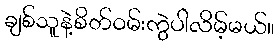
ချစ်သူနဲ့စိတ်ဝမ်းကွဲပါလိမ့်မယ်။